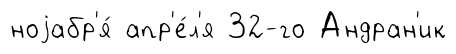
ноjабр'я́ апр'е́л'я 32-го Андран'ик